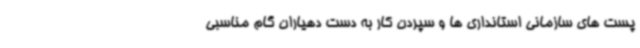
پست های سازمانی استانداری ها و سپردن کار به دست دهیاران گام مناسبی